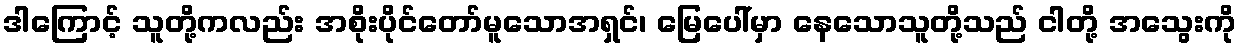
ဒါကြောင့် သူတို့ကလည်း အစိုးပိုင်တော်မူသောအရှင်၊ မြေပေါ်မှာ နေသောသူတို့သည် ငါတို့ အသွေးကို